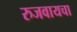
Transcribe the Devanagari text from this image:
रुजवायचा